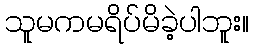
သူမကမရိပ်မိခဲ့ပါဘူး။